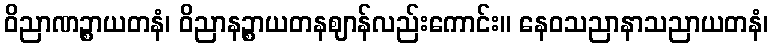
ဝိညာဏဉ္စာယတနံ၊ ဝိညာနဉ္စာယတနဈာန်လည်းကောင်း။ နေဝသညာနာသညာယတနံ၊